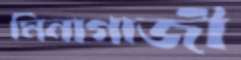
মিনাগাজী